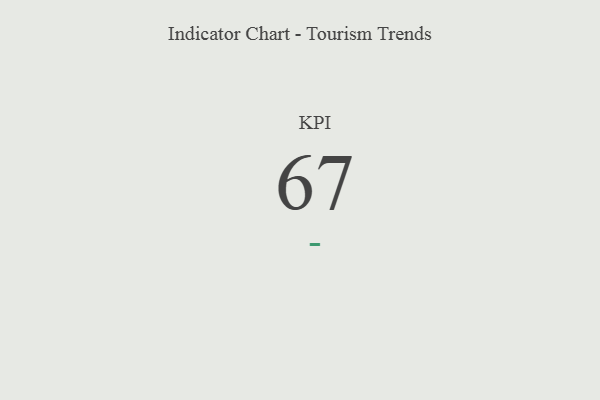
{"axis": {"x": "KPI", "y": "Value"}, "legend": [""], "data": [{"x": "KPI", "y": 67, "type": ""}]}